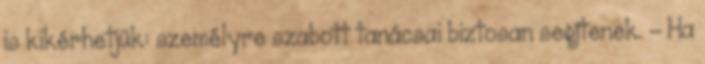
is kikérhetjük: személyre szabott tanácsai biztosan segítenek. - Ha